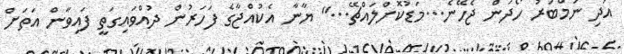
އަދި ނަމްބަރު ހޯދަން ޖެހޭނެ...މަޑުކޮށްލައްޗޭ..." ޔާނާ އެކުއްޖާގެ ފަހަރުން ދުއްވައިގަތީ ފައިވާން އަތަށް